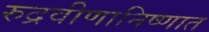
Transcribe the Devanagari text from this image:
रुद्रवीणानिष्णात